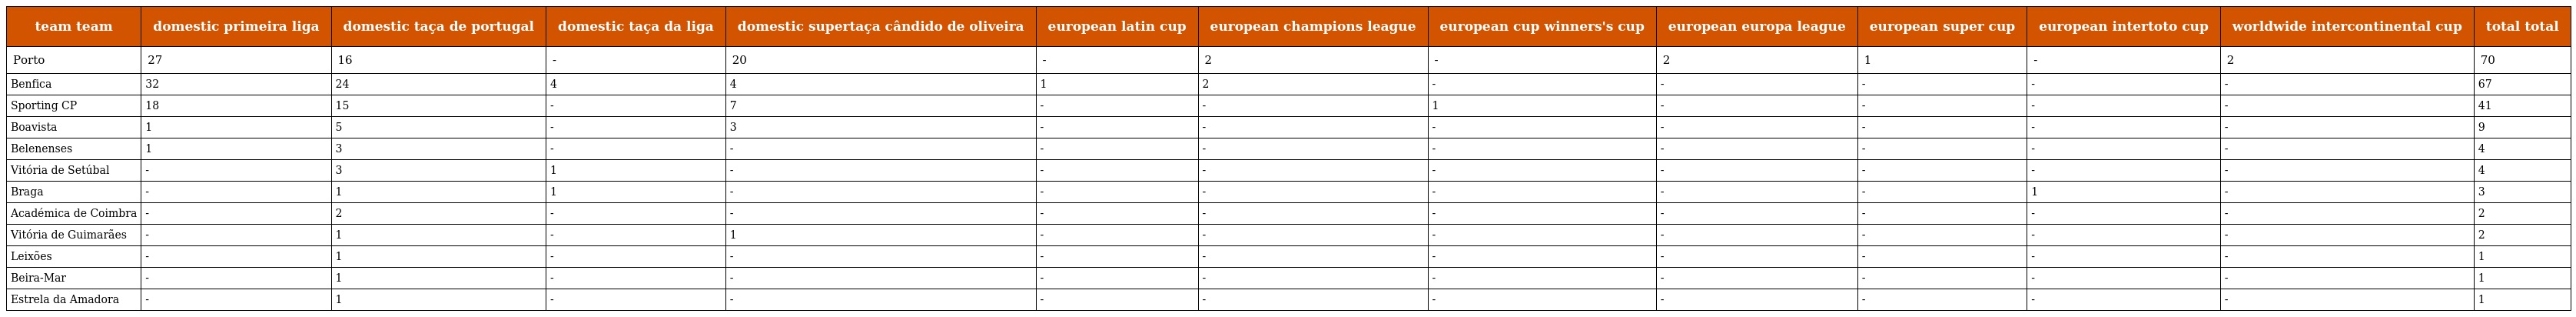
| team team | domestic primeira liga | domestic taça de portugal | domestic taça da liga | domestic supertaça cândido de oliveira | european latin cup | european champions league | european cup winners's cup | european europa league | european super cup | european intertoto cup | worldwide intercontinental cup | total total |
 | --- | --- | --- | --- | --- | --- | --- | --- | --- | --- | --- | --- | --- |
 | Porto | 27 | 16 | - | 20 | - | 2 | - | 2 | 1 | - | 2 | 70 |
 | Benfica | 32 | 24 | 4 | 4 | 1 | 2 | - | - | - | - | - | 67 |
 | Sporting CP | 18 | 15 | - | 7 | - | - | 1 | - | - | - | - | 41 |
 | Boavista | 1 | 5 | - | 3 | - | - | - | - | - | - | - | 9 |
 | Belenenses | 1 | 3 | - | - | - | - | - | - | - | - | - | 4 |
 | Vitória de Setúbal | - | 3 | 1 | - | - | - | - | - | - | - | - | 4 |
 | Braga | - | 1 | 1 | - | - | - | - | - | - | 1 | - | 3 |
 | Académica de Coimbra | - | 2 | - | - | - | - | - | - | - | - | - | 2 |
 | Vitória de Guimarães | - | 1 | - | 1 | - | - | - | - | - | - | - | 2 |
 | Leixões | - | 1 | - | - | - | - | - | - | - | - | - | 1 |
 | Beira-Mar | - | 1 | - | - | - | - | - | - | - | - | - | 1 |
 | Estrela da Amadora | - | 1 | - | - | - | - | - | - | - | - | - | 1 |